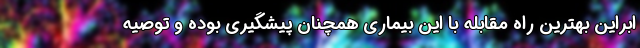
ابراین بهترین راه مقابله با این بیماری همچنان پیشگیری بوده و توصیه